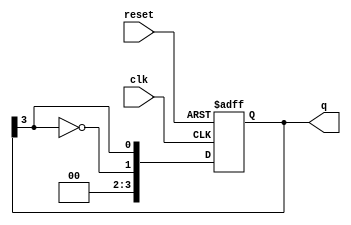
module johnson_counter #(
    parameter n = 4 // Number of bits in the counter
)(
    input wire clk,        // Clock input
    input wire reset,      // Asynchronous reset input
    output reg [n-1:0] q   // Output representing the current state of the counter
);

// State transition logic
always @(posedge clk or posedge reset) begin
    if (reset) begin
        // Asynchronous reset: initialize all flip-flops to 0
        q <= 0;
    end else begin
        // Johnson Counter logic: shift right and invert the last bit
        q <= {~q[n-1], q[n-1:n-1]}; // Shift and feed inverted last bit to the first flip-flop
    end
end

endmodule